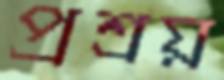
প্রশ্রয়